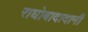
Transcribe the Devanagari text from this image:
राघोबादादानी